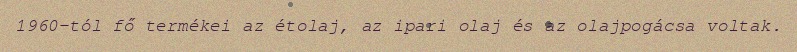
1960-tól fő termékei az étolaj, az ipari olaj és az olajpogácsa voltak.